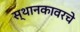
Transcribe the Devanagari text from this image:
स्थानकावरचे